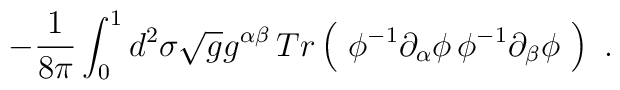
-\frac{1}{8\pi} \int^1_0 d^2\sigma \sqrt{g} g^{\alpha \beta}      \, Tr\left(\ \phi^{-1}\partial_\alpha \phi\, \phi^{-1}      \partial_\beta \phi\ \right)\ .